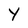
Character: Y